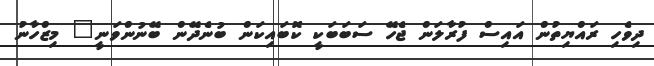
ދިވެހި ރައްޔިތުން އައިސް ފުރާލަން ޖެހޭ ސަބަބަކީ ކޮބައިކަން ބުނެދޭން ބޭނުންވަނީ" މިޒްހާނު